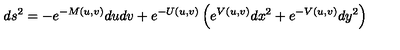
d s ^ { 2 } = - e ^ { - M ( u , v ) } d u d v + e ^ { - U ( u , v ) } \left( e ^ { V ( u , v ) } d x ^ { 2 } + e ^ { - V ( u , v ) } d y ^ { 2 } \right)